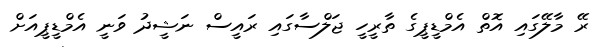
ރޭ މާލޭގައި އޮތް އެމްޑީޕީގެ ތާރީހީ ޖަލްސާގައި ރައީސް ނަޝީދު ވަނީ އެމްޑީޕީއަށް